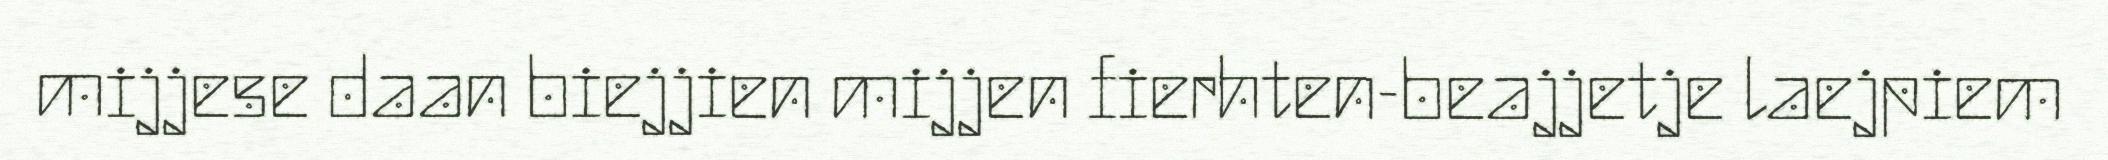
mijjese daan biejjien mijjen fierhten-beajjetje laejpiem